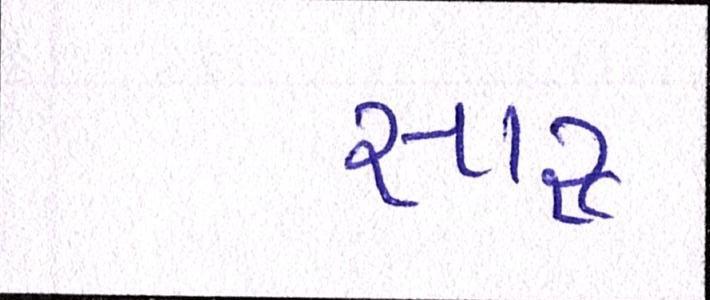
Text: સારુ